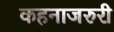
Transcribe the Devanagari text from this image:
कहनाजरुरी